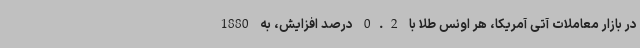
در بازار معاملات آتی آمریکا، هر اونس طلا با 0.2 درصد افزایش، به 1880